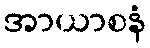
အာယာစနံ